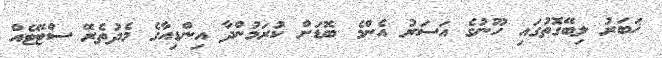
ޚަބަރު ލިބޭގޮތުގައި ހޫނުގެ އަސަރު އެންމެ ބޮޑަށް ކުރަމުންދާ އިންޑިއާގެ މެދުތެރޭ ސްޓޭޓެއް